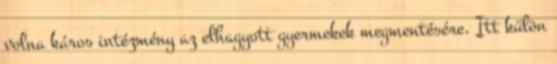
volna káros intézmény az elhagyott gyermekek megmentésére. Itt külön